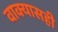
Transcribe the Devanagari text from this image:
वाक्यासही